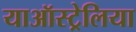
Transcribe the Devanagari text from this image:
याऑस्ट्रेलिया